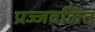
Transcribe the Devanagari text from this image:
प्रज्‍जवलित